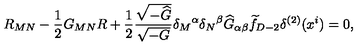
R _ { M N } - { \frac { 1 } { 2 } } G _ { M N } R + { \frac { 1 } { 2 } } { \frac { \sqrt { - { \widehat G } } } { \sqrt { - G } } } { \delta _ { M } } ^ { \alpha } { \delta _ { N } } ^ { \beta } { \widehat G } _ { \alpha \beta } { \widetilde f } _ { D - 2 } \delta ^ { ( 2 ) } ( x ^ { i } ) = 0 ,